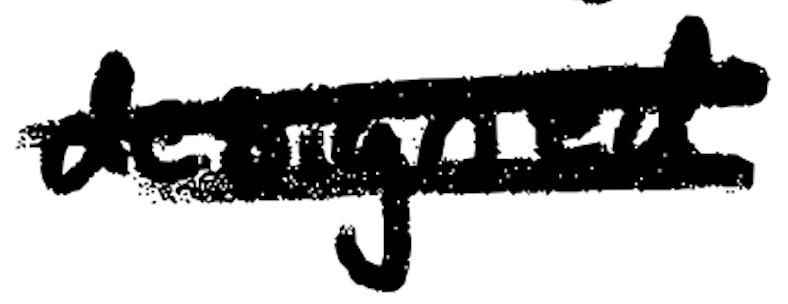
Text: designed
Cross-out: double-line
Writing tool: digital_black